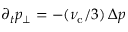
\partial _ { t } p _ { \perp } = - ( \nu _ { \mathrm { c } } / 3 ) \, \Delta p